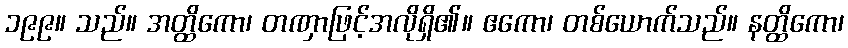
၁၉၉။ သည်။ အတ္ထိကော၊ တဏှာဖြင့်အလိုရှိ၏။ ဧကော၊ တစ်ယောက်သည်။ နတ္ထိကော၊